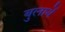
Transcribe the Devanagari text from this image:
बुलायें